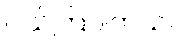
ဝယ်ကြပါတယ်။